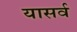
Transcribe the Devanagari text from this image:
यासर्व